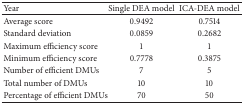
<table><thead><tr><td><b>Year</b></td><td><b>Single DEA model</b></td><td><b>ICA-DEA model</b></td></tr></thead><tbody><tr><td>Average score</td><td>0.9492 </td><td>0.7514 </td></tr><tr><td>Standard deviation</td><td>0.0859 </td><td>0.2682 </td></tr><tr><td>Maximum efficiency score</td><td>1</td><td>1</td></tr><tr><td>Minimum efficiency score</td><td>0.7778 </td><td>0.3875 </td></tr><tr><td>Number of efficient DMUs</td><td>7</td><td>5</td></tr><tr><td>Total number of DMUs</td><td>10</td><td>10</td></tr><tr><td>Percentage of efficient DMUs</td><td>70</td><td>50</td></tr></tbody></table>